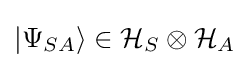
|\Psi _{SA}\rangle \in {\mathcal {H}}_{S}\otimes {\mathcal {H}}_{A}